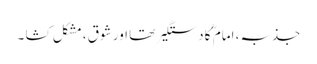
جذبہ، امام ؒ کا دستگیر تھا اور شوق ، مشکل کشا ۔